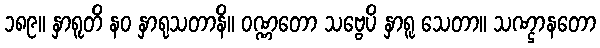
၁၈၉။ နှာရူတိ နဝ နှာရုသတာနိ။ ဝဏ္ဏတော သဗ္ဗေပိ နှာရူ သေတာ။ သဏ္ဌာနတော